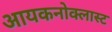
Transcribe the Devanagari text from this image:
आयकनोक्लास्ट